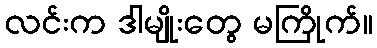
လင်းက ဒါမျိုးတွေ မကြိုက်။